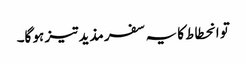
تو انحطاط کا یہ سفر مذید تیز ہو گا۔